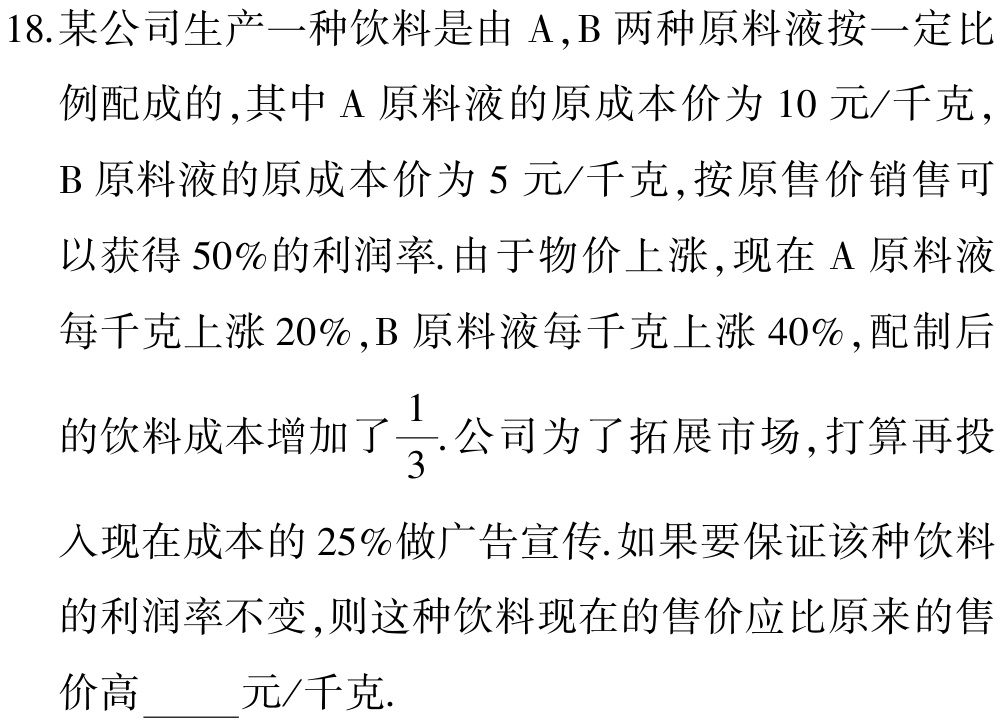
18.某公司生产一种饮料是由$\mathrm{A},\mathrm{B}$两种原料液按一定比

例配成的,其中$\mathrm{A}$原料液的原成本价为$10$元/千克,

$\mathrm{B}$原料液的原成本价为$5$元/千克,按原售价销售可

以获得$50\%$的利润率.由于物价上涨,现在$\mathrm{A}$原料液

每千克上涨$20\%$,$\mathrm{B}$原料液每千克上涨$40\%$,配制后

的饮料成本增加了$\frac{1}{3}$.公司为了拓展市场,打算再投

入现在成本的$25\%$做广告宣传.如果要保证该种饮料

的利润率不变,则这种饮料现在的售价应比原来的售

价高 元/千克.